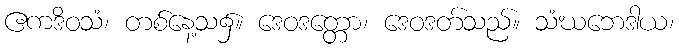
ဧကဒိဝသံ၊ တစ်နေ့သ၌။ ဒေဝဒတ္တော၊ ဒေဝဒတ်သည်။ သံဃဘေဒါယ၊